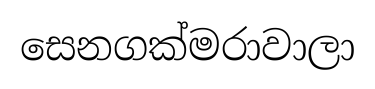
සෙනගක්මරාවාලා